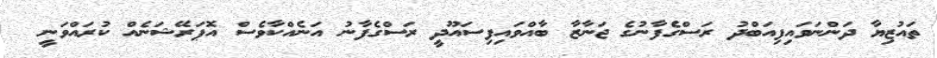
ތައުޒިޔާ ދަންނަވައިފިއަބްދު ރަސްގެފާނުގެ ޖަނާޒާ ބާއްވައިފިސައޫދީ ރަސްގެފާނު އަނެއްކާވެސް އޮޕަރޭޝަނެއް ކުރައްވަނީ